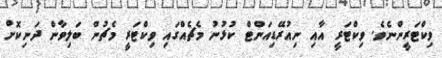
ވިކްޓަރީންނެވެ. ވިކްޓަރީ އާއި ނިއުރޭޑިއަންޓް ކުޅުނު މެޗެއްގައި ވިކްޓަރީ މެޗުން ބަލިވާން ދަނިކޮށް